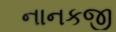
નાનકજી